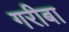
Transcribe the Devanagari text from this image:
गरीबा